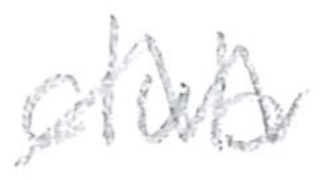
Text: club
Cross-out: mix
Writing tool: pencil